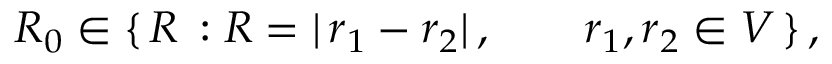
R _ { 0 } \in \{ \, R \, : R = | \, { \boldsymbol r } _ { 1 } - { \boldsymbol r } _ { 2 } | \, , \qquad { \boldsymbol r } _ { 1 } , { \boldsymbol r } _ { 2 } \in V \, \} \, ,